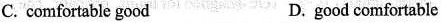
C. comhortable good D.good comfortable